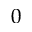
0